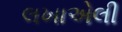
લખાએલી